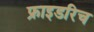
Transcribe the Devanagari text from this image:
फ्राइडरिच